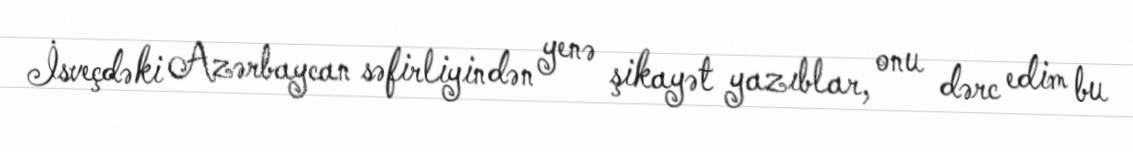
İsveçdəki Azərbaycan səfirliyindən yenə şikayət yazıblar, onu dərc edim bu